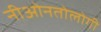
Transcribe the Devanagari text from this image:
नीओनतोलोगी